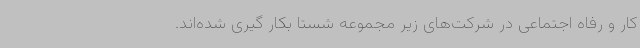
کار و رفاه اجتماعی در شرکت‌های زیر مجموعه شستا بکار گیری شده‌اند.